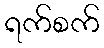
ရက်စက်